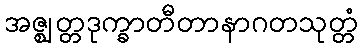
အဇ္ဈတ္တဒုက္ခာတီတာနာဂတသုတ္တံ